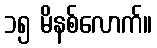
၁၅ မိနစ်လောက်။